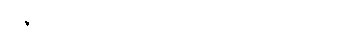
ဇော်ခင်မော်တို့က ဝင်၍ ပြောကြသည်။